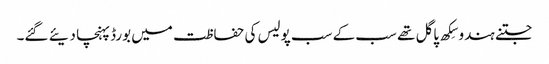
جتنے ہندو سِکھ پاگل تھے سب کے سب پولیس کی حفاظت میں بورڈ پہنچا دیئے گئے۔